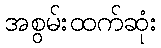
အစွမ်းထက်ဆုံး